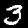
Label: 3